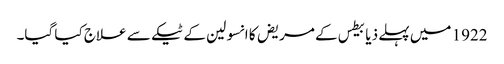
1922 میں‌ پہلے ذیابیطس کے مریض کا انسولین کے ٹیکے سے علاج کیا گیا۔